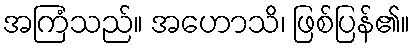
အကြံသည်။ အဟောသိ၊ ဖြစ်ပြန်၏။